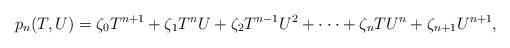
LaTeX: \begin{align*} p_{n}(T, U) = \zeta_0T^{n+1} + \zeta_1T^{n}U + \zeta_2T^{n-1}U^2 + \cdot \cdot \cdot + \zeta_nTU^{n} + \zeta_{n+1}U^{n+1},\end{align*}